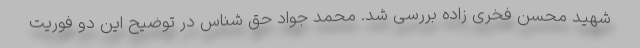
شهید محسن فخری زاده بررسی شد. محمد جواد حق شناس در توضیح این دو فوریت